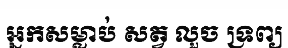
អ្នកសម្លាប់ សត្វ លួច ទ្រព្យ